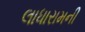
લાધારામની